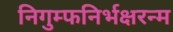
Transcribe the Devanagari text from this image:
निगुम्फनिर्भक्षरन्म